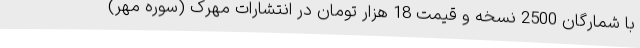
با شمارگان 2500 نسخه و قیمت 18 هزار تومان در انتشارات مهرک (سوره مهر)